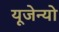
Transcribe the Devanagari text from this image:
यूजेन्यो